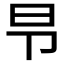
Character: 𰆌